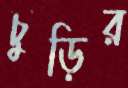
চুড়ির